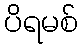
ပိရမစ်